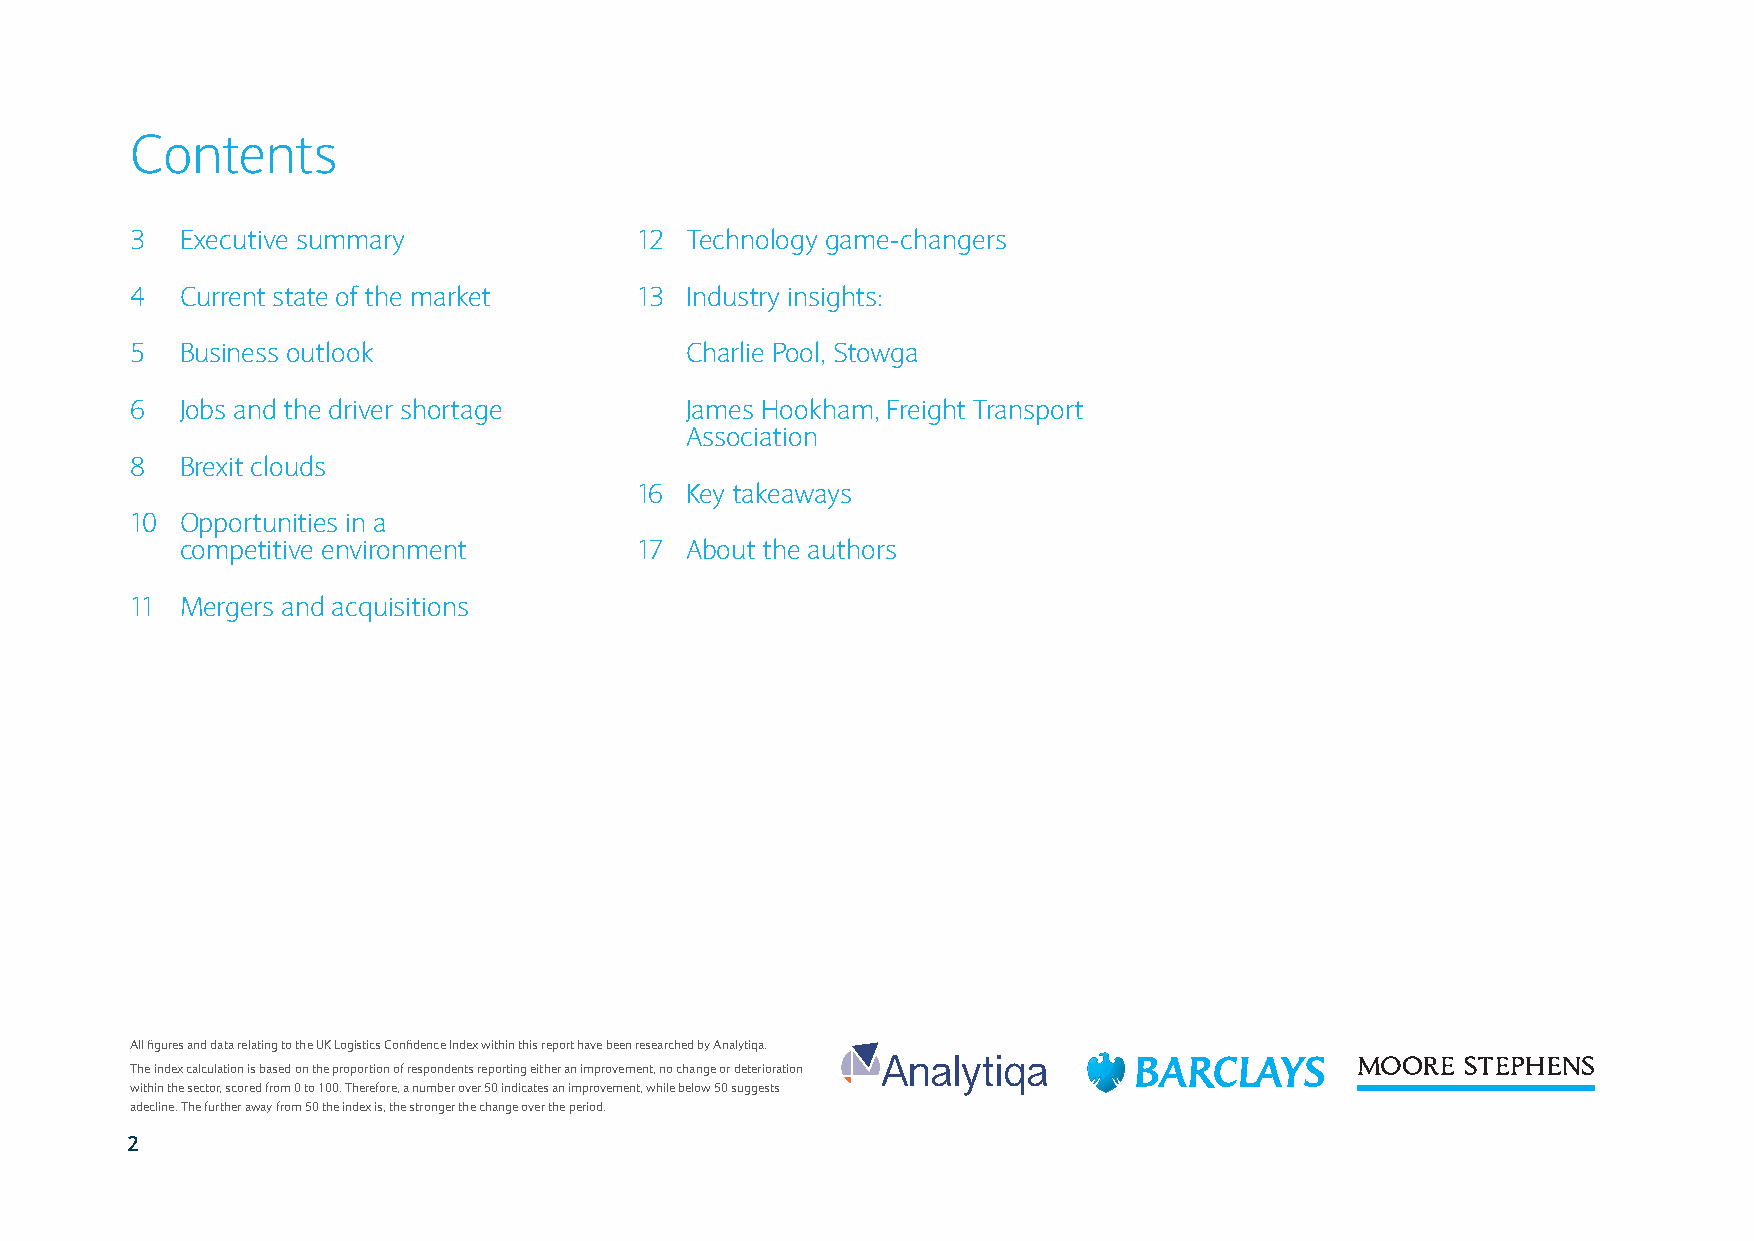
Contents
 3  Executive summary             12 Technology game-changers
 4  Current state of the market   13 Industry insights:
 5  Business outlook                 Charlie Pool, Stowga
 6  Jobs and the driver shortage     James Hookham, Freight Transport
 Association
 8  Brexit clouds
 16 Key takeaways
 10 Opportunities in a
 competitive environment       17 About the authors
 11 Mergers and acquisitions
 All figures and data relating to the UK Logistics Confidence Index within this report have been researched by Analytiqa.
 The index calculation is based on the proportion of respondents reporting either an improvement, no change or deterioration Analytiqa
 within the sector, scored from 0 to 100. Therefore, a number over 50 indicates an improvement, while below 50 suggests
 adecline. The further away from 50 the index is, the stronger the change over the period.
 2